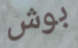
بوش